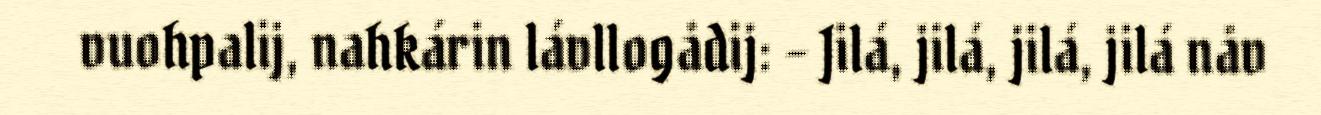
vuohpalij, nahkárin lávllogådij: – Jilá, jilá, jilá, jilá nåv